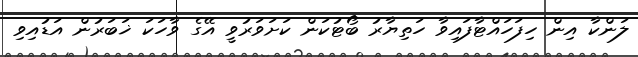
ލަންކާ އިން ހިފަހައްޓާފައިވާ ހަތިޔާރު ބޯޓުކަން ކަށަވަރުވީ އޭގެ ވާހަކަ ޚަބަރުން އަޑުއިވި